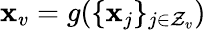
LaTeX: \mathbf{x}_{v}=g(\{ \mathbf{x}_{j}\} _{j\in\mathcal{{Z}}_{v}})